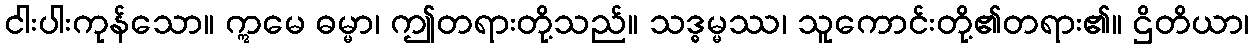
ငါးပါးကုန်သော။ ဣမေ ဓမ္မာ၊ ဤတရားတို့သည်။ သဒ္ဓမ္မဿ၊ သူကောင်းတို့၏တရား၏။ ဌိတိယာ၊